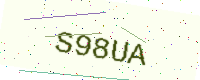
Text: S98UA